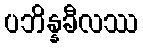
ပဘိန္နခီလဿ